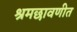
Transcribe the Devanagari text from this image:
श्रमछावणीत